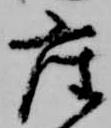
座